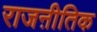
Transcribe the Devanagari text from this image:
राजऩीतिक